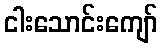
ငါးသောင်းကျော်